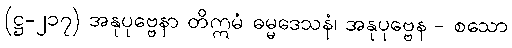
(ဋ္ဌ-၂၁၇) အနုပုဗ္ဗေနာ တိဣမံ ဓမ္မဒေသနံ၊ အနုပုဗ္ဗေန - စသော